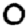
Digit: 0